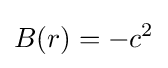
B(r)=-c^{2}